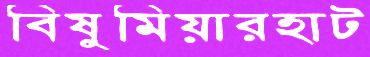
বিষুমিয়ারহাট